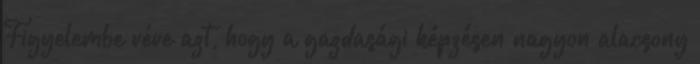
Figyelembe véve azt, hogy a gazdasági képzésen nagyon alacsony